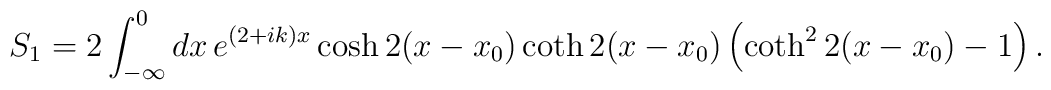
S_{1}=2\int_{-\infty}^{0}dx\,e^{(2+ik)x}\cosh 2(x-x_{0})\coth2(x-x_{0})\left(\coth^{2} 2(x-x_{0})-1\right).